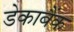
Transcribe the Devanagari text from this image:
डेकाबैंक